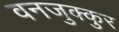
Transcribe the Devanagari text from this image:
वनजुक्कुर